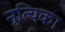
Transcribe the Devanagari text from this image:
नृत्यिका